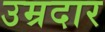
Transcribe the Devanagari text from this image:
उम्रदार